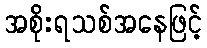
အစိုးရသစ်အနေဖြင့်